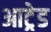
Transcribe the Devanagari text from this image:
आट्रेड